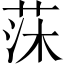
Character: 莯